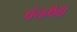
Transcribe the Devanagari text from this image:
पंचमेवा